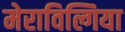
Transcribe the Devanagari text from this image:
मेराविल्गिया